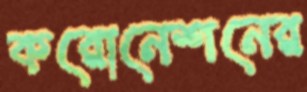
করোনেশনের